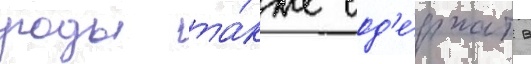
роды та́кже сод'е́ржат в